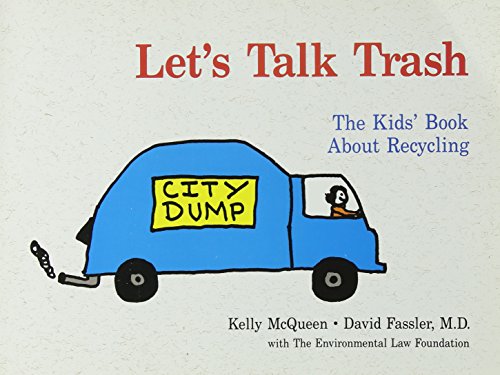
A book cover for Let's Talk Trash: The Kids' Book About Recycling; Kelly McQueen; Science & Math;